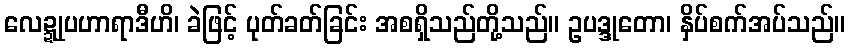
လေဍ္ဍုပဟာရာဒီဟိ၊ ခဲဖြင့် ပုတ်ခတ်ခြင်း အစရှိသည်တို့သည်။ ဥပဒ္ဒုတော၊ နှိပ်စက်အပ်သည်။